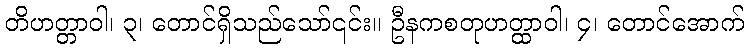
တိဟတ္တာဝါ၊ ၃၊ တောင်ရှိသည်သော်၎င်း။ ဦနကစတုဟတ္ထာဝါ၊ ၄၊ တောင်အောက်